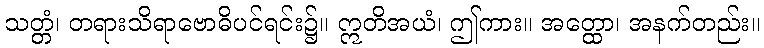
သတ္တံ၊ တရားသိရာဗောဓိပင်ရင်း၌။ ဣတိအယံ၊ ဤကား။ အတ္ထော၊ အနက်တည်း။